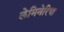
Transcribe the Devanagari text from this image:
लेमिनेरिया